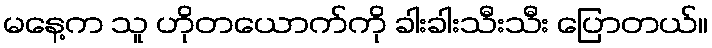
မနေ့က သူ ဟိုတယောက်ကို ခါးခါးသီးသီး ပြောတယ်။